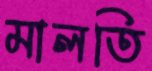
মালতি